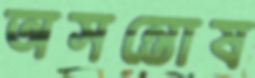
অসন্তোষ